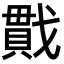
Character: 𪭖